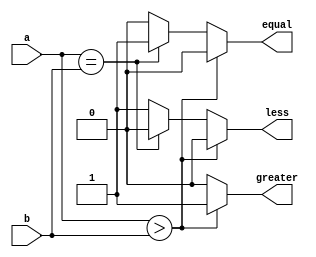
module comparator (
    input [31:0] a,
    input [31:0] b,
    output reg greater,
    output reg equal,
    output reg less
);
  always @(a,b) begin
    if (a > b) begin
      greater = 1;
      equal = 0;
      less = 0;
    end else if (a == b) begin
      greater = 0;
      equal = 1;
      less = 0;
    end else begin
      greater = 0;
      equal = 0;
      less = 1;
    end
  end
endmodule